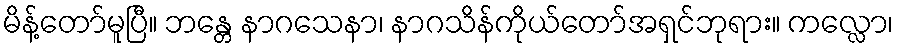
မိန့်တော်မူပြီ။ ဘန္တေ နာဂသေနာ၊ နာဂသိန်ကိုယ်တော်အရှင်ဘုရား။ ကလ္လော၊